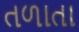
તળાતા